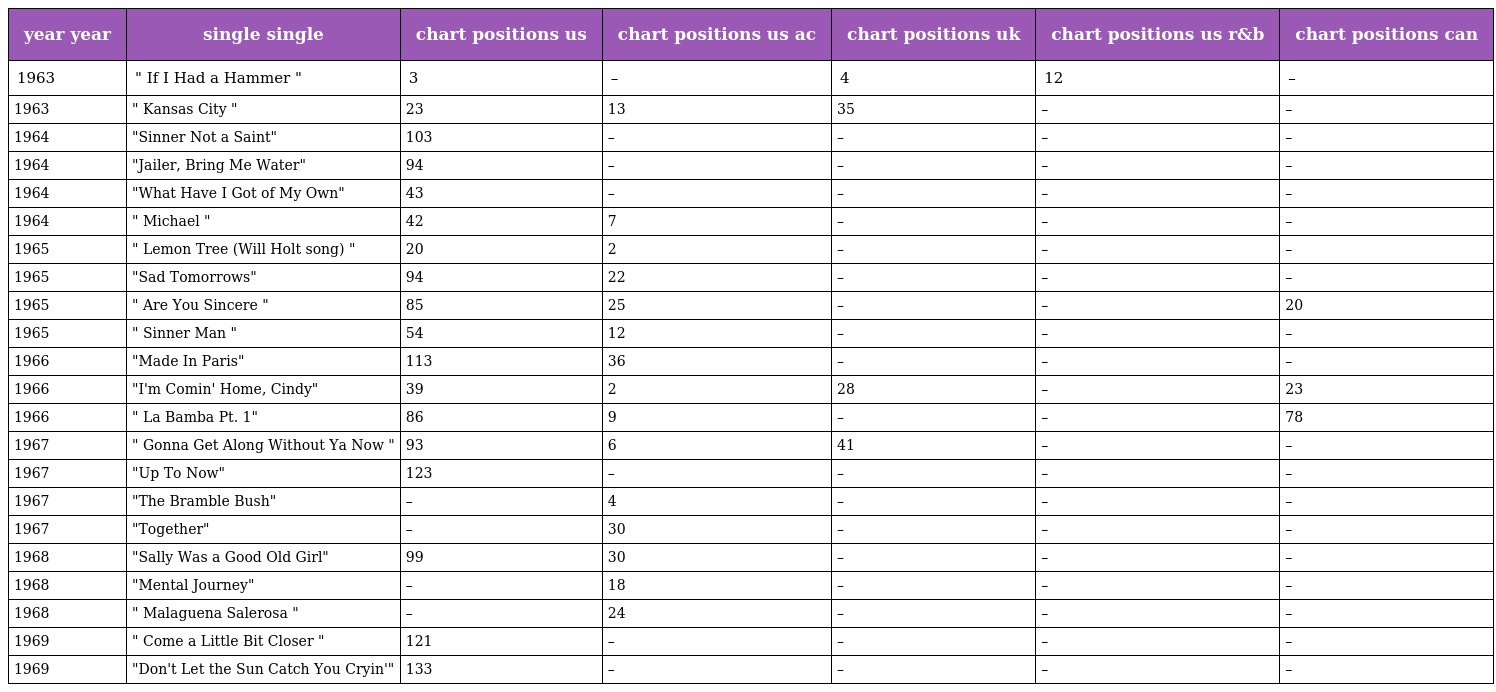
| year year | single single | chart positions us | chart positions us ac | chart positions uk | chart positions us r&b | chart positions can |
 | --- | --- | --- | --- | --- | --- | --- |
 | 1963 | " If I Had a Hammer " | 3 | – | 4 | 12 | – |
 | 1963 | " Kansas City " | 23 | 13 | 35 | – | – |
 | 1964 | "Sinner Not a Saint" | 103 | – | – | – | – |
 | 1964 | "Jailer, Bring Me Water" | 94 | – | – | – | – |
 | 1964 | "What Have I Got of My Own" | 43 | – | – | – | – |
 | 1964 | " Michael " | 42 | 7 | – | – | – |
 | 1965 | " Lemon Tree (Will Holt song) " | 20 | 2 | – | – | – |
 | 1965 | "Sad Tomorrows" | 94 | 22 | – | – | – |
 | 1965 | " Are You Sincere " | 85 | 25 | – | – | 20 |
 | 1965 | " Sinner Man " | 54 | 12 | – | – | – |
 | 1966 | "Made In Paris" | 113 | 36 | – | – | – |
 | 1966 | "I'm Comin' Home, Cindy" | 39 | 2 | 28 | – | 23 |
 | 1966 | " La Bamba Pt. 1" | 86 | 9 | – | – | 78 |
 | 1967 | " Gonna Get Along Without Ya Now " | 93 | 6 | 41 | – | – |
 | 1967 | "Up To Now" | 123 | – | – | – | – |
 | 1967 | "The Bramble Bush" | – | 4 | – | – | – |
 | 1967 | "Together" | – | 30 | – | – | – |
 | 1968 | "Sally Was a Good Old Girl" | 99 | 30 | – | – | – |
 | 1968 | "Mental Journey" | – | 18 | – | – | – |
 | 1968 | " Malaguena Salerosa " | – | 24 | – | – | – |
 | 1969 | " Come a Little Bit Closer " | 121 | – | – | – | – |
 | 1969 | "Don't Let the Sun Catch You Cryin'" | 133 | – | – | – | – |